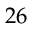
2 6